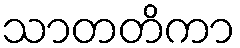
သာတတိကာ